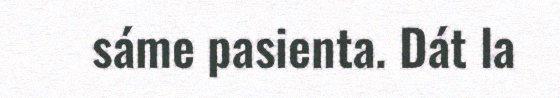
sáme pasienta. Dát la